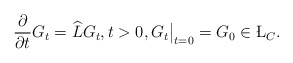
\begin{align*} \frac{\partial}{\partial t} G_t = \widehat{L} G_t, t>0, G_t\bigr|_{t=0}=G_0\in\L_C.\end{align*}